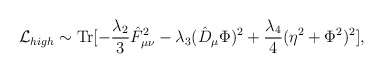
\begin{align*}{\cal L}_{high} \sim \mbox {Tr} [ -\frac{\lambda_2}{3} \hat F_{\mu \nu}^2 -\lambda_3 (\hat D_{\mu} \Phi)^2 +\frac{\lambda_4}{4} (\eta^2 +\Phi^2)^2],\end{align*}